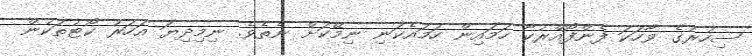
ސިހުރުގެ ވާހަކަ ފެންފޯއްރުކާ ހަމައިން ހަމައެކަނި ނިމޭކަށް ނެތެވެ. ނިމިދިޔަ އަހަރު ކޯޓުތަކުން